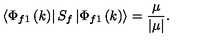
\left\langle \Phi _ { f 1 } \left( k \right) \right| S _ { f } \left| \Phi _ { f 1 } \left( k \right) \right\rangle = \frac \mu { \left| \mu \right| } .